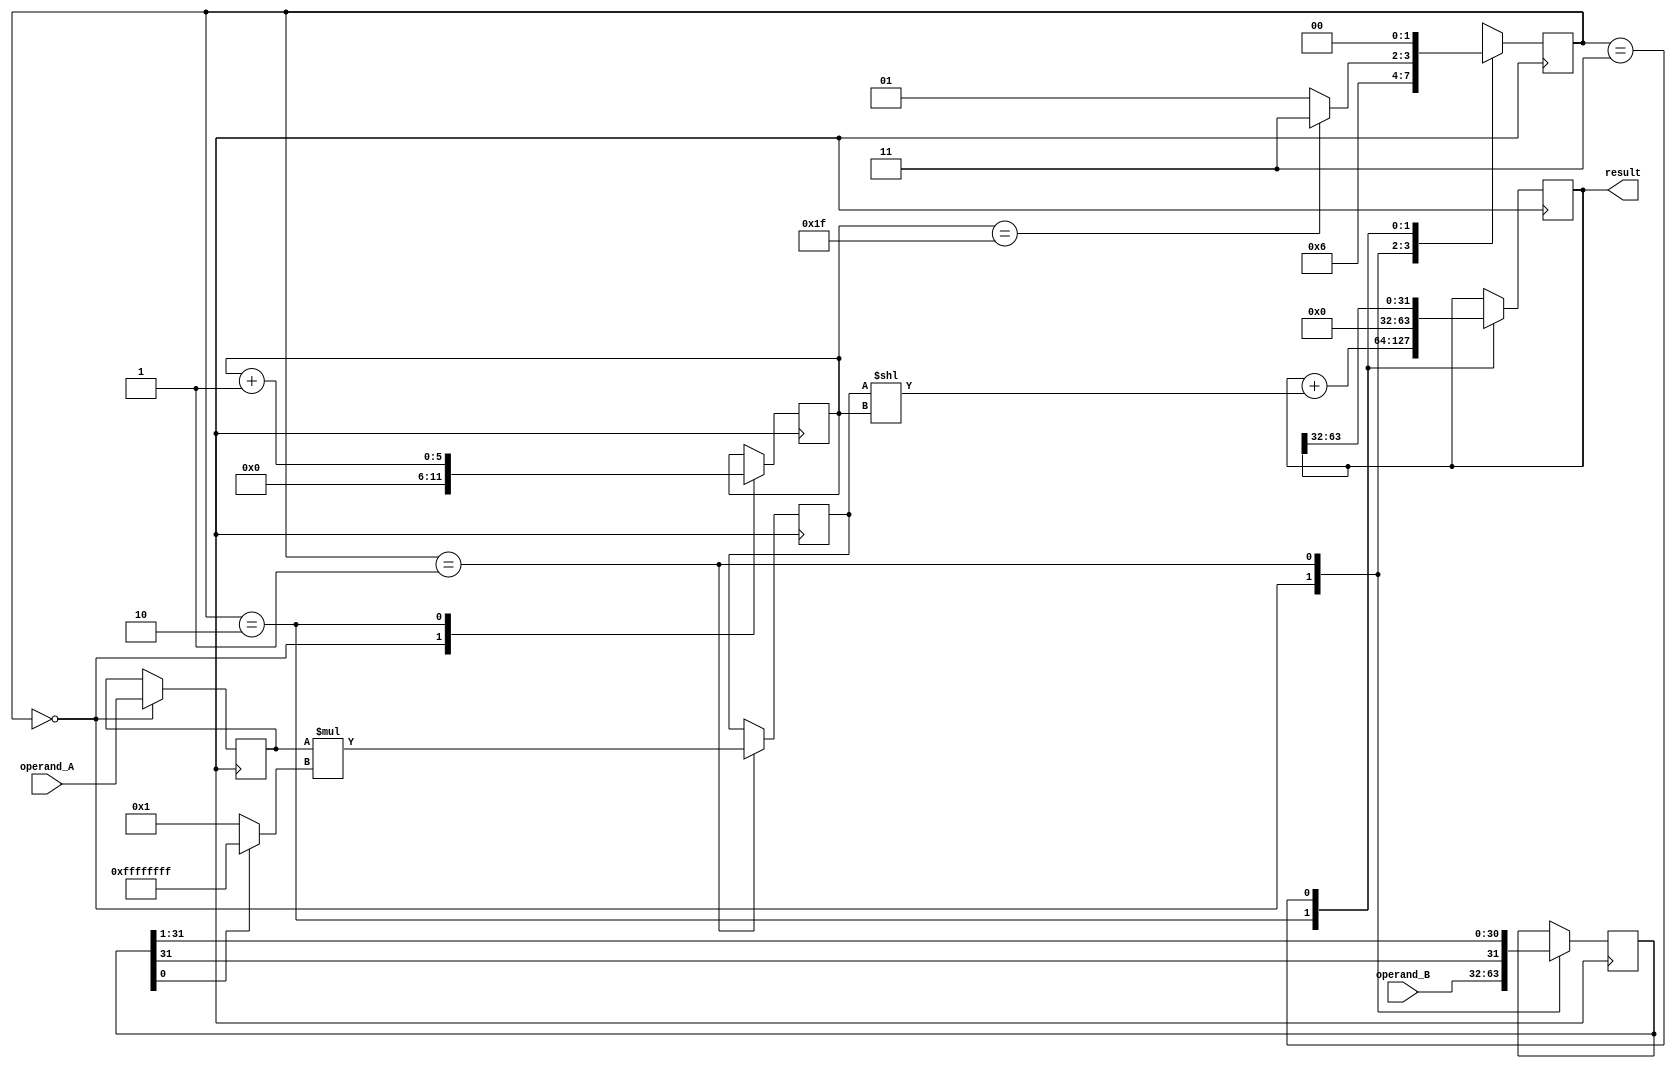
module BoothMultiplier(
    input [31:0] operand_A,
    input [31:0] operand_B,
    output reg [63:0] result
);

reg [31:0] multiplicand, multiplier;
reg [31:0] partial_product;
reg [5:0] counter;
reg [1:0] state;

always @ (posedge clk) begin
    case(state)
        2'b00: begin // State for initializing the operands
            multiplicand <= operand_A;
            multiplier <= operand_B;
            counter <= 0;
            state <= 2'b01;
        end
        2'b01: begin // State for generating partial products
            partial_product <= multiplicand * (multiplier[0] ? -1 : 1);
            multiplier <= {multiplier[31], multiplier[31:1]};
            state <= 2'b10;
        end
        2'b10: begin // State for accumulating partial products
            result <= result + (partial_product << counter);
            counter <= counter + 1;
            state <= (counter == 31) ? 2'b11 : 2'b01;
        end
        2'b11: begin // State for finalizing the result
            result <= result[63:32];
            state <= 2'b00;
        end
    endcase
end

endmodule